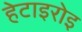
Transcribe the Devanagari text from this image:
हेटाइरोइ